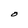
Character: O